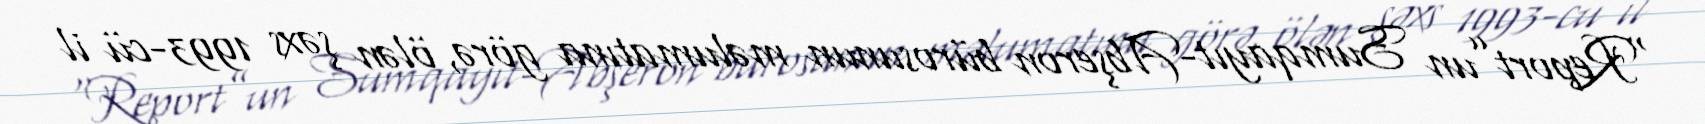
“Report”un Sumqayıt-Abşeron bürosunun məlumatına görə, ölən şəxs 1993-cü il